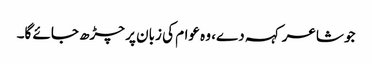
جو شاعر کہہ دے، وہ عوام کی زبان پر چڑھ جائے گا۔